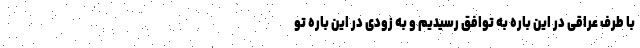
با طرف عراقی در این باره به توافق رسیدیم و به زودی در این باره تو